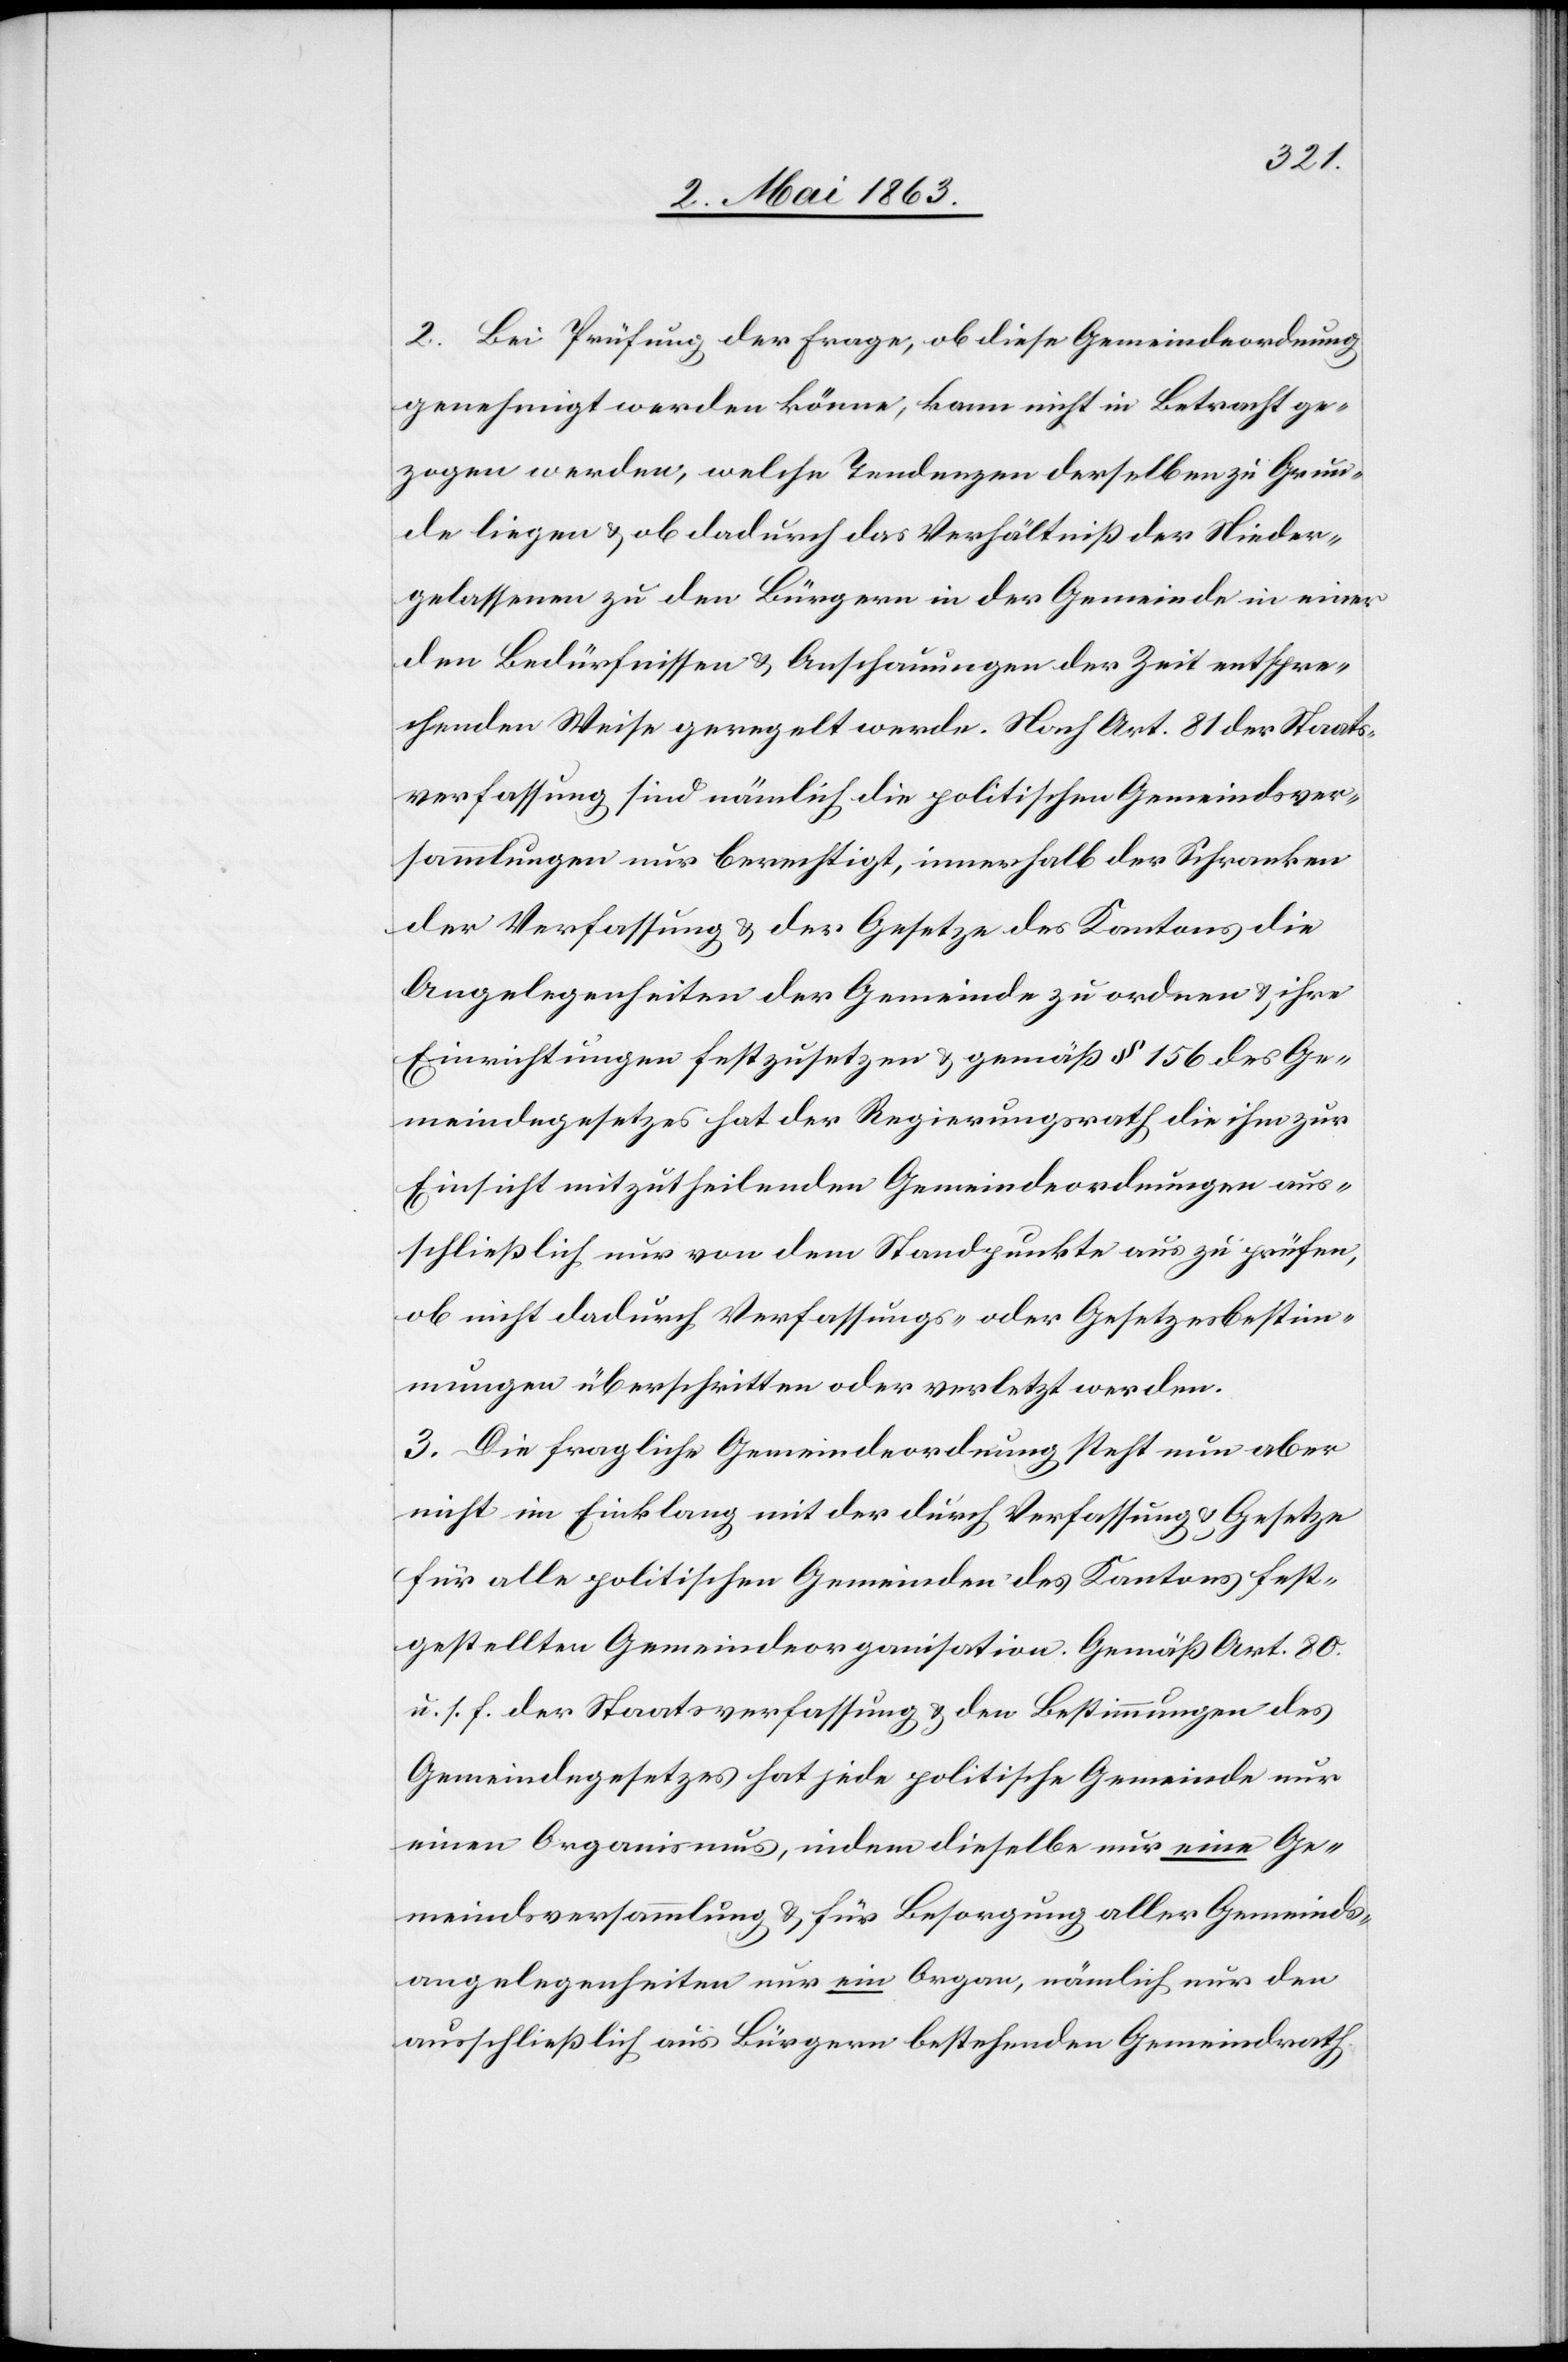
2. Bei Prüfung der Frage, ob diese Gemeindeordnung
genehmigt werden könne, kann nicht in Betracht ge¬
zogen werden, welche Tendenzen derselben zu Grun¬
de liegen & ob dadurch das Verhältniß der Nieder¬
gelassenen zu den Bürgern in der Gemeinde in einer
den Bedürfnissen & Anschauungen der Zeit entspre¬
chenden Weise geregelt werde. Nach Art. 81 der Staats¬
verfassung sind nämlich die politischen Gemeindsver¬
sammlungen nur berechtigt, innerhalb der Schranken
der Verfassung & der Gesetze des Kantons die
Angelegenheiten der Gemeinde zu ordnen & ihre
Einrichtungen festzusetzen & gemäß § 156 des Ge¬
meindegesetzes hat der Regierungsrath die ihm zur
Einsicht mitzutheilenden Gemeindeordnungen aus¬
schließlich nur von dem Standpunkte aus zu prüfen,
ob nicht dadurch Verfassungs- oder Gesetzesbestim¬
mungen überschritten oder verletzt werden.
3. Die fragliche Gemeindeordnung steht nun aber
nicht im Einklang mit der durch Verfassung & Gesetze
für alle politischen Gemeinden des Kantons fest¬
gestellten Gemeindeorganisation. Gemäß Art. 80.
u. s. f. der Staatsverfassung & den Bestimmungen des
Gemeindegesetzes hat jede politische Gemeinde nur
einen Organismus, indem dieselbe nur eine Ge¬
meindsversammlung & für Besorgung aller Gemeinds¬
angelegenheiten nur ein Organ, nämlich nur den
ausschließlich aus Bürgern bestehenden Gemeindrath